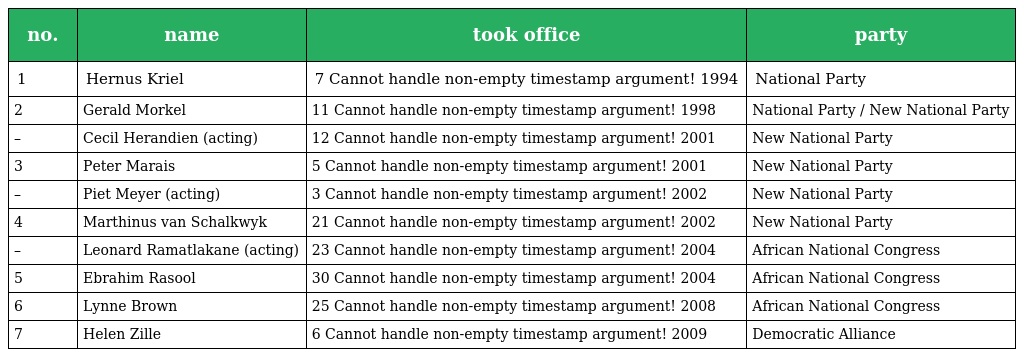
| no. | name | took office | party |
 | --- | --- | --- | --- |
 | 1 | Hernus Kriel | 7 Cannot handle non-empty timestamp argument! 1994 | National Party |
 | 2 | Gerald Morkel | 11 Cannot handle non-empty timestamp argument! 1998 | National Party / New National Party |
 | – | Cecil Herandien (acting) | 12 Cannot handle non-empty timestamp argument! 2001 | New National Party |
 | 3 | Peter Marais | 5 Cannot handle non-empty timestamp argument! 2001 | New National Party |
 | – | Piet Meyer (acting) | 3 Cannot handle non-empty timestamp argument! 2002 | New National Party |
 | 4 | Marthinus van Schalkwyk | 21 Cannot handle non-empty timestamp argument! 2002 | New National Party |
 | – | Leonard Ramatlakane (acting) | 23 Cannot handle non-empty timestamp argument! 2004 | African National Congress |
 | 5 | Ebrahim Rasool | 30 Cannot handle non-empty timestamp argument! 2004 | African National Congress |
 | 6 | Lynne Brown | 25 Cannot handle non-empty timestamp argument! 2008 | African National Congress |
 | 7 | Helen Zille | 6 Cannot handle non-empty timestamp argument! 2009 | Democratic Alliance |